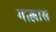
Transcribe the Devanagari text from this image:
गाल्लास